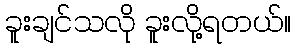
ခူးချင်သလို ခူးလို့ရတယ်။